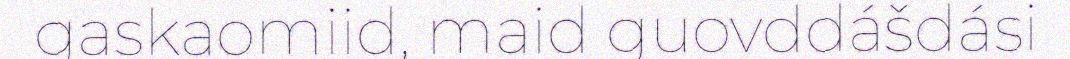
gaskaomiid, maid guovddášdási